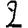
Digit: 2